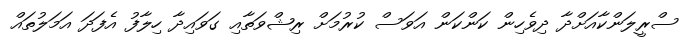
ސްރީލަންކާއަށްދާ ދިވެހިން ކަންކަން އަވަސް ކުރުމަށް ރިޝްވަތާއި ގަވައިދާ ހިލާފު އެފަދަ އަމަލުތައް